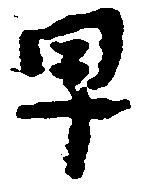
早